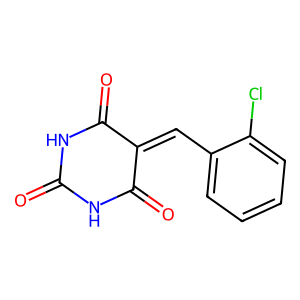
SMILES: O=C1NC(=O)C(=Cc2ccccc2Cl)C(=O)N1
Inhibits HIV replication: No